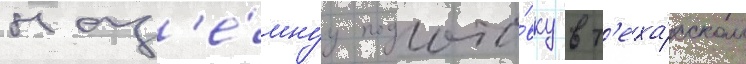
наз'е́мнуу подгото́вку в т'еха́сском